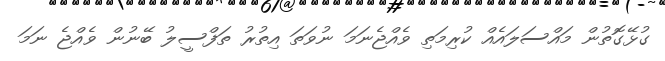
ގުޅޭގޮތުން މައްސަލައެއް ކުރިމަތި ވެއްޖެނަމަ ނުވަތަ އިތުރު ތަފްސީލު ބޭނުން ވެއްޖެ ނަމަ